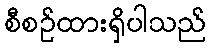
စီစဉ်ထားရှိပါသည်